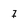
Character: 7